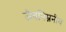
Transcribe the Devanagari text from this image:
जैवनिम्ननीय